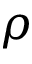
\rho